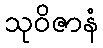
သုဝိဇာနံ